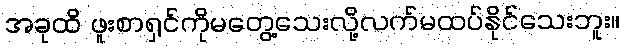
အခုထိ ဖူးစာရှင်ကိုမတွေ့သေးလို့လက်မထပ်နိုင်သေးဘူး။